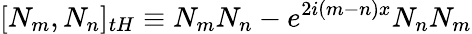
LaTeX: \lbrack N_{m},N_{n}]_{tH}\equiv N_{m}N_{n}-e^{2i(m-n)x}N_{n}N_{m}